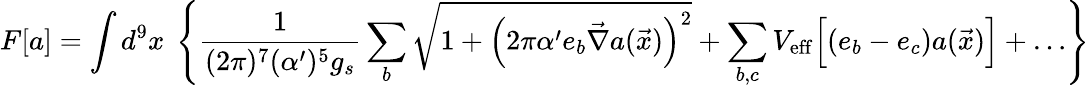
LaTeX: F[a]=\int d^{9}x~\left\{ \frac{1}{(2\pi)^{7}(\alpha^{\prime})^{5}g_{s}}\sum_{b}\sqrt{1+\left(2\pi\alpha^{\prime}e_{b}\vec{\nabla}a(\vec{x})\right)^{2}}+\sum_{b,c}V_{\mathrm{eff}}\Bigl[(e_{b}-e_{c})a(\vec{x})\Bigr]+\dots\right\}